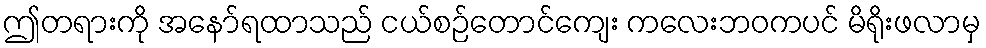
ဤတရားကို အနော်ရထာသည် ငယ်စဉ်တောင်ကျေး ကလေးဘဝကပင် မိရိုးဖလာမှ